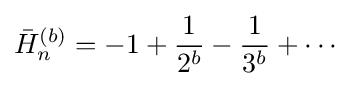
{\bar {H}}_{n}^{(b)}=-1+{\frac {1}{2^{b}}}-{\frac {1}{3^{b}}}+\cdots